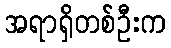
အရာရှိတစ်ဦးက